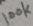
Text: 100k